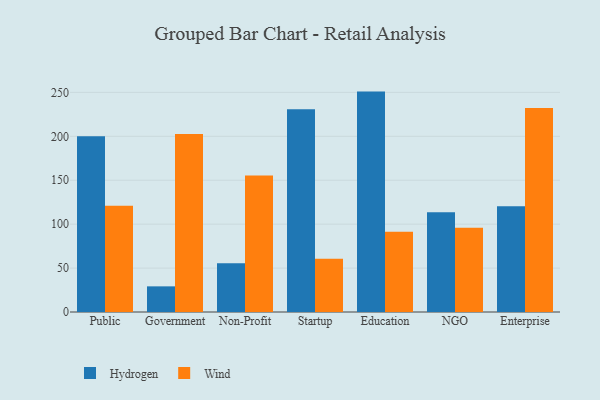
{"axis": {"x": "Segment", "y": "Page Views"}, "legend": ["Hydrogen", "Wind"], "data": [{"x": "Public", "y": 200.1, "type": "Hydrogen"}, {"x": "Public", "y": 120.9, "type": "Wind"}, {"x": "Government", "y": 29.2, "type": "Hydrogen"}, {"x": "Government", "y": 202.7, "type": "Wind"}, {"x": "Non-Profit", "y": 55.4, "type": "Hydrogen"}, {"x": "Non-Profit", "y": 155.4, "type": "Wind"}, {"x": "Startup", "y": 230.7, "type": "Hydrogen"}, {"x": "Startup", "y": 60.5, "type": "Wind"}, {"x": "Education", "y": 250.9, "type": "Hydrogen"}, {"x": "Education", "y": 91.4, "type": "Wind"}, {"x": "NGO", "y": 113.5, "type": "Hydrogen"}, {"x": "NGO", "y": 95.8, "type": "Wind"}, {"x": "Enterprise", "y": 120.5, "type": "Hydrogen"}, {"x": "Enterprise", "y": 232.3, "type": "Wind"}]}